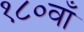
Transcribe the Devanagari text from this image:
१८०वाँ